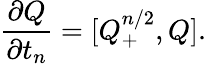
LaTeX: \frac{\partial Q}{\partial t_{n}}=[Q_{+}^{n/2},Q].